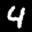
Label: 4